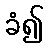
ခံ၍